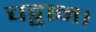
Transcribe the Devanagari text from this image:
चट्टान।